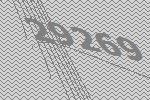
29269